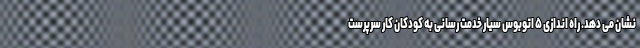
نشان می دهد. راه اندازی ۵ اتوبوس سیار خدمت رسانی به کودکان کار سرپرست